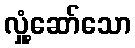
လှုံ့ဆော်သော